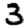
Digit: 3